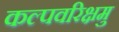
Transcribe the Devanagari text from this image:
कल्पवरिक्षमु